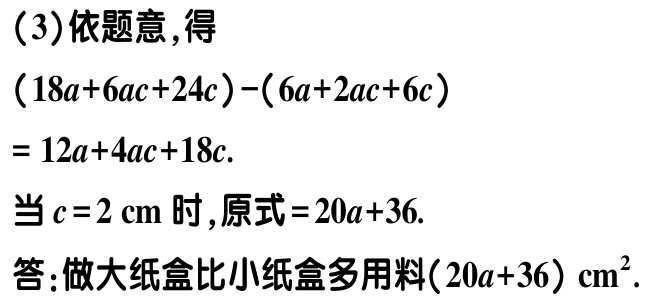
（3）依题意，得
\((18a + 6ac + 24c)-(6a + 2ac + 6c)\)
\(= 12a + 4ac + 18c\).
当\(c = 2\mathrm{cm}\)时，原式\(= 20a + 36\).
答：做大纸盒比小纸盒多用料\((20a + 36)\mathrm{cm}^2\).